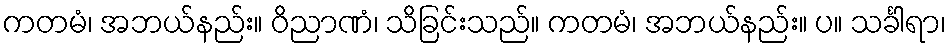
ကတမံ၊ အဘယ်နည်း။ ဝိညာဏံ၊ သိခြင်းသည်။ ကတမံ၊ အဘယ်နည်း။ ပ။ သင်္ခါရာ၊